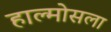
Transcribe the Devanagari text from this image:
हाल्मोसला